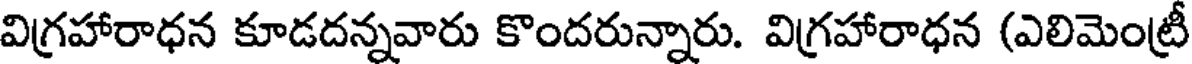
విగ్రహారాధన కూడదన్నవారు కొందరున్నారు. విగ్రహారాధన (ఎలిమెంట్రీ